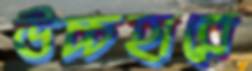
উচ্চহারে